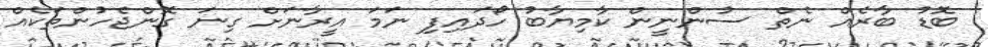
ބޮޑު ބާރެއް ނެތް ސުންނީން ކާމިޔާބު ހޯދައިފި ނަމަ އީރާނަށް ގިނަ ގޮންޖެހުންތަކެއް